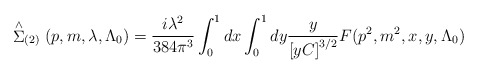
\begin{align*}\stackrel{\wedge }{\Sigma }_{(2)}(p,m,\lambda ,\Lambda _0)=\frac{i\lambda ^2}{384\pi ^3}\int_0^1dx\int_0^1dy\frac y{\left[ yC\right] ^{3/2}}F(p^2,m^2,x,y,\Lambda _0) \end{align*}